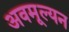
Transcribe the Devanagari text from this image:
अवमूल्‍यन